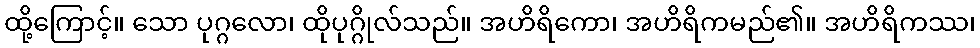
ထို့ကြောင့်။ သော ပုဂ္ဂလော၊ ထိုပုဂ္ဂိုလ်သည်။ အဟိရိကော၊ အဟိရိကမည်၏။ အဟိရိကဿ၊